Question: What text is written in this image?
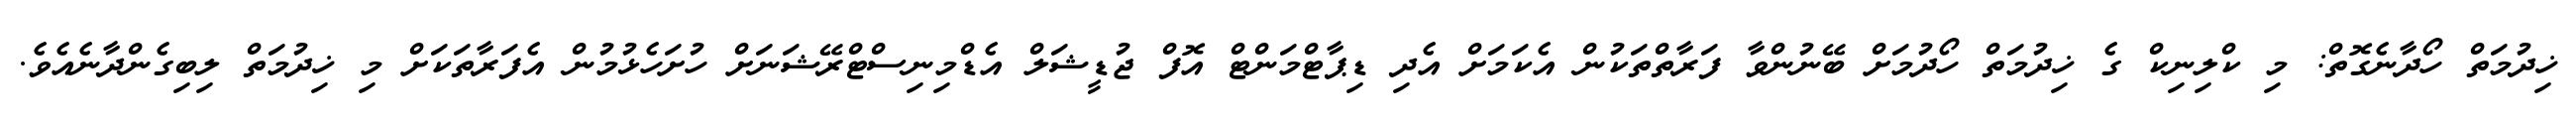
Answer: ޚިދުމަތް ހޯދާނެގޮތް: މި ކްލިނިކް ގެ ޚިދުމަތް ހޯދުމަށް ބޭނުންވާ ފަރާތްތަކުން އެކަމަށް އެދި ޑިޕާޓްމަންޓް އޮފް ޖުޑީޝަލް އެޑްމިނިސްޓްރޭޝަނަށް ހުށަހެޅުމުން އެފަރާތަކަށް މި ޚިދުމަތް ލިބިގެންދާނެއެވެ.